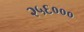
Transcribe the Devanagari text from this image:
२५६०००